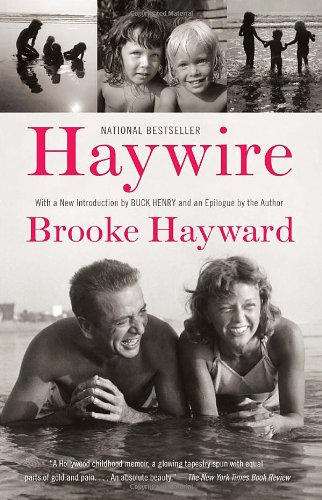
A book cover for Haywire; Brooke Hayward; Humor & Entertainment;